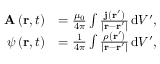
{ \begin{array} { r l } { \mathbf { A } \left( \mathbf { r } , t \right) } & { = { \frac { \mu _ { 0 } } { 4 \pi } } \int { \frac { \mathbf { j } \left( \mathbf { r } ^ { \prime } \right) } { \left| \mathbf { r } - \mathbf { r } ^ { \prime } \right| } } \, \mathrm { d } V ^ { \prime } , } \\ { \psi \left( \mathbf { r } , t \right) } & { = { \frac { 1 } { 4 \pi } } \int { \frac { \rho \left( \mathbf { r } ^ { \prime } \right) } { \left| \mathbf { r } - \mathbf { r } ^ { \prime } \right| } } \, \mathrm { d } V ^ { \prime } , } \end{array} }